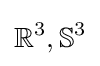
\mathbb {R} ^{3},\mathbb {S} ^{3}